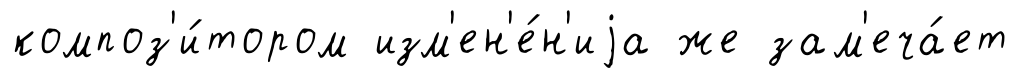
композ'и́тором изм'ен'е́н'иjа же зам'еча́ет